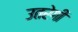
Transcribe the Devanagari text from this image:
उतरेगी